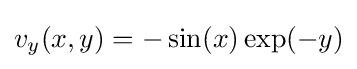
v_{y}(x,y)=-\sin(x)\exp(-y)